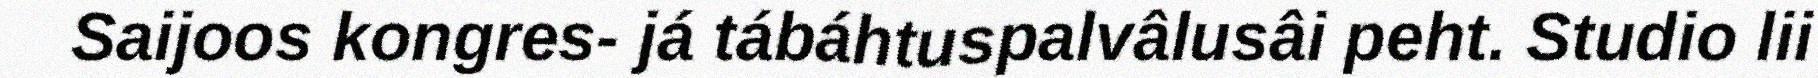
Saijoos kongres- já tábáhtuspalvâlusâi peht. Studio lii